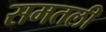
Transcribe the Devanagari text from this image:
समतली